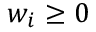
w _ { i } \geq 0